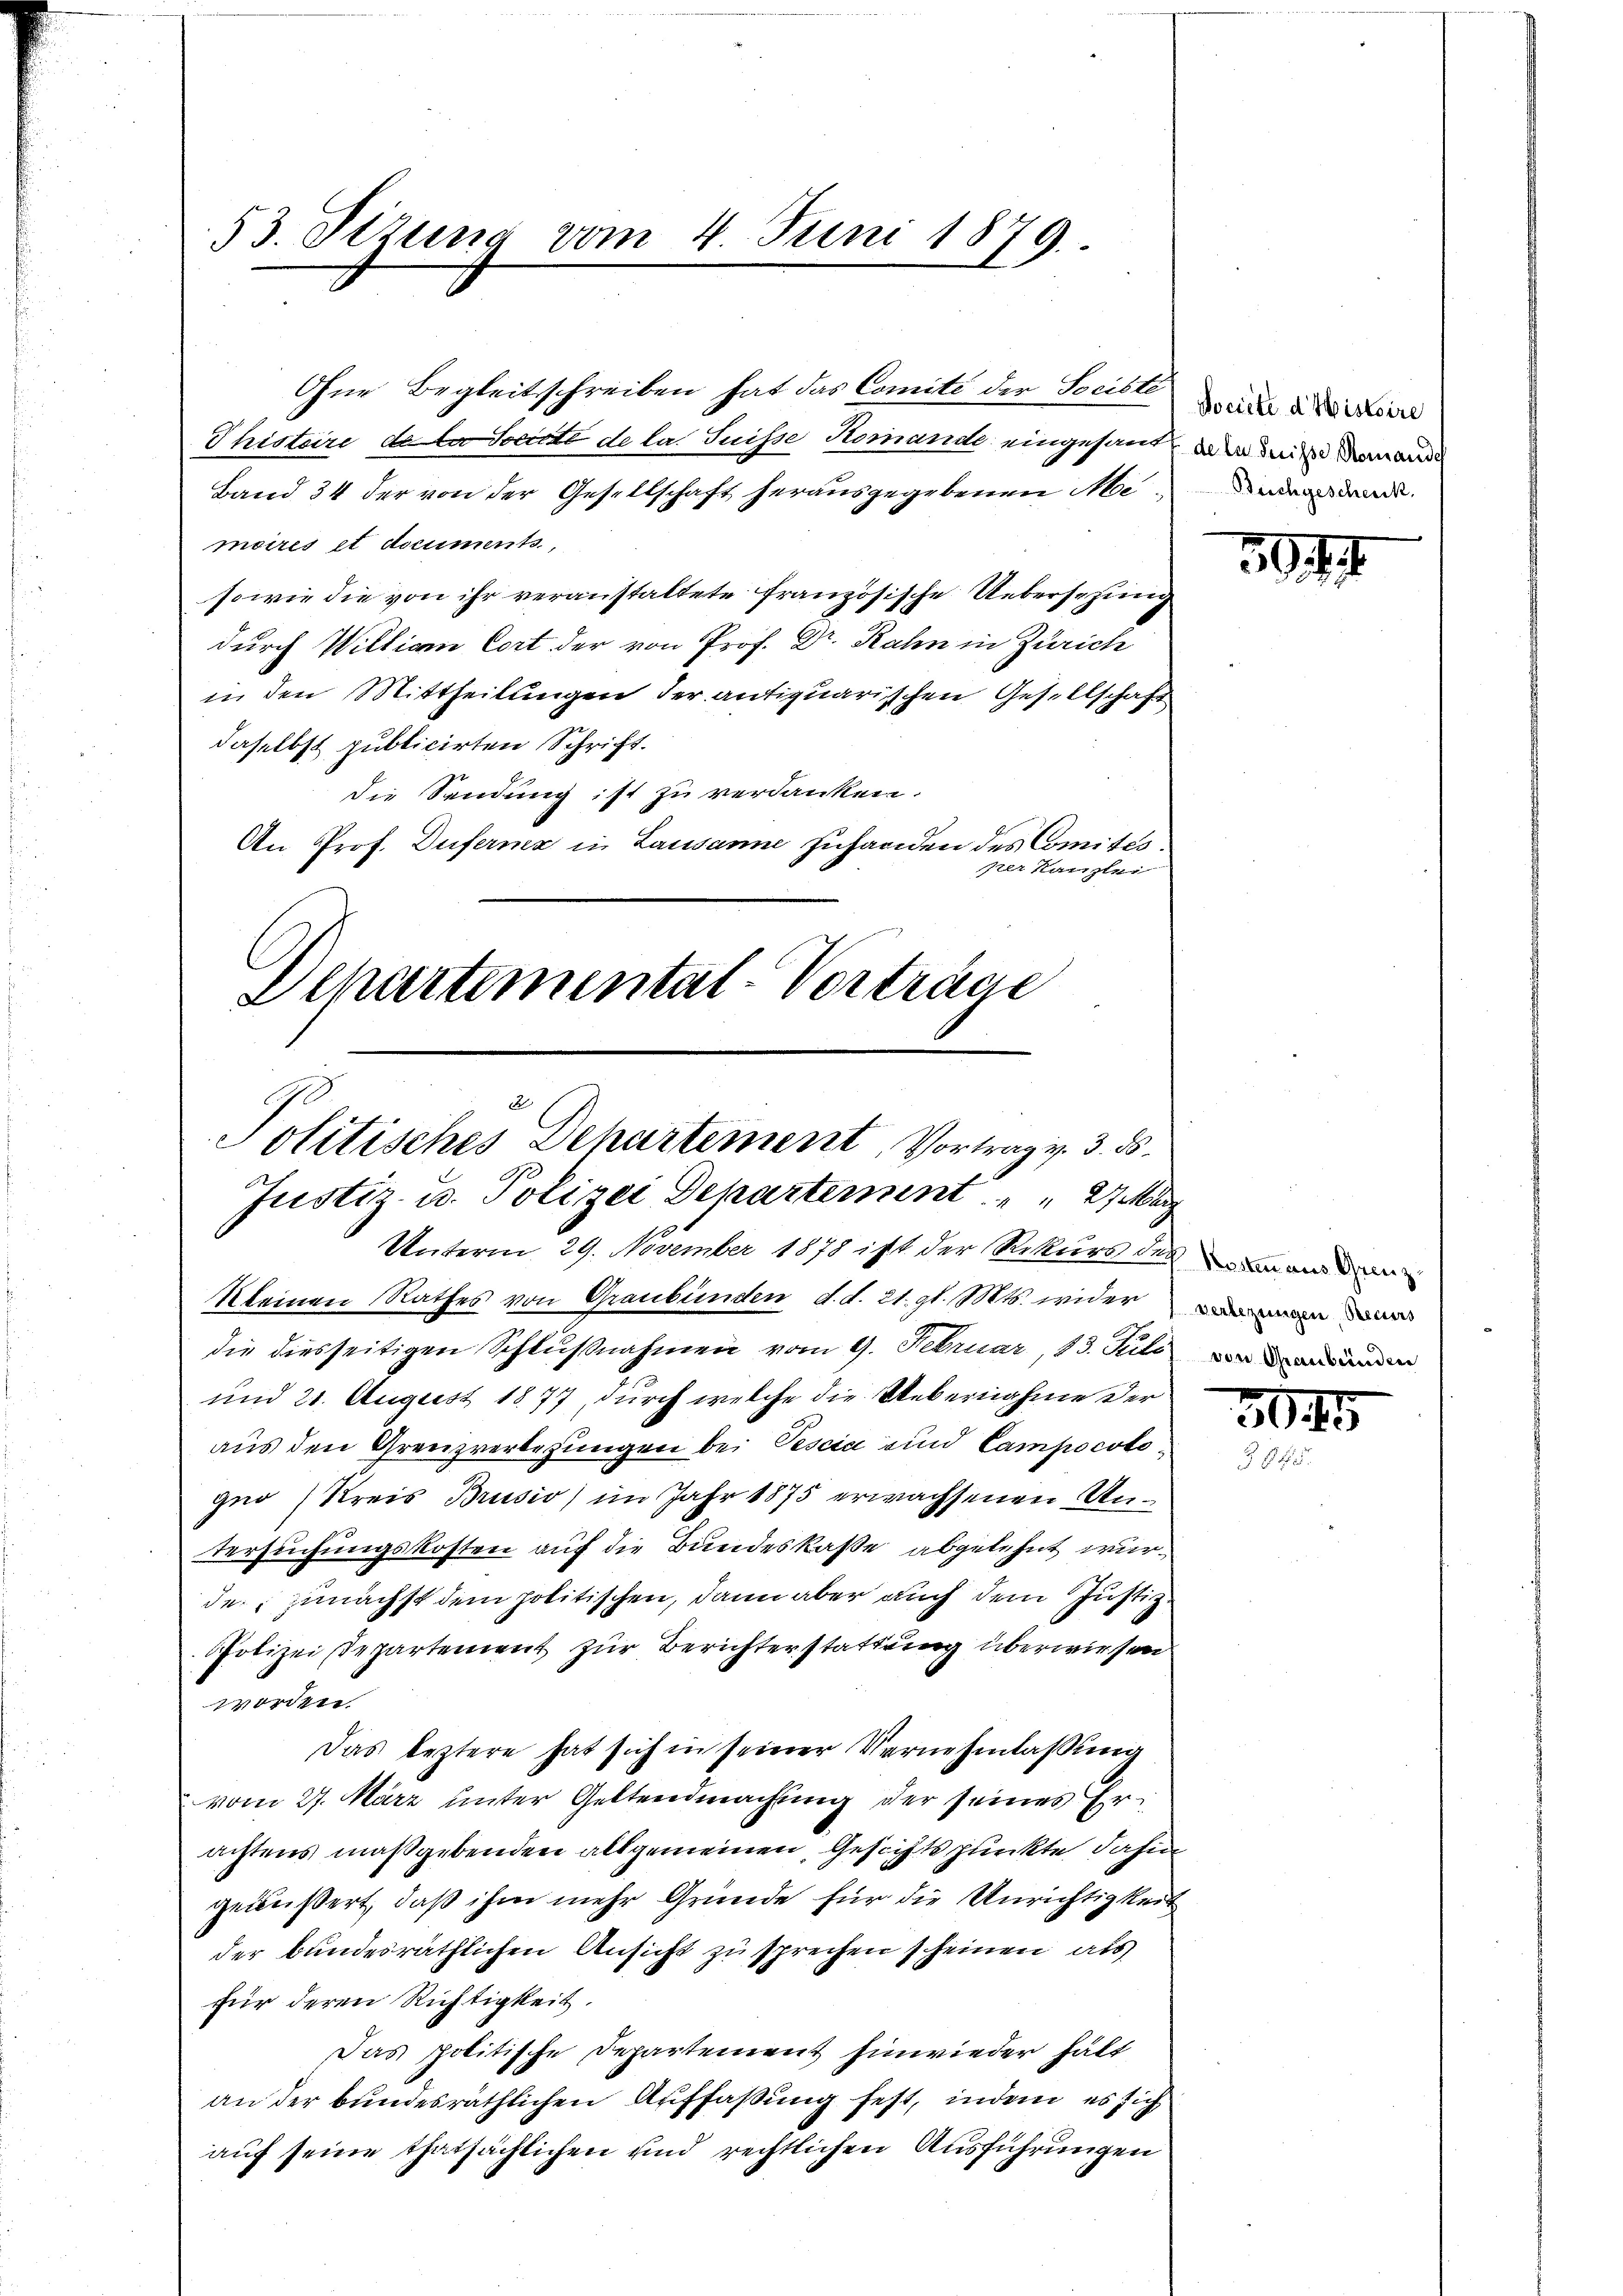
53. Sizung vom 4. Juni 1879.

Ohne Begleitschreiben hat das Comité der Speister der
Thistere de la toute de la Suisse Romande eingesandt in den damand
Band 34 der von der Gesellschaft herausgegebenen Mienen dann
moires et documents,
sowie die von ihr veranstaltete französische Uebersezung
durch Willian Cort der von Prof. Dr. Rahn in Zürich
in den Mittheilungen der antiquarischen Gesellschaft
daselbst publicirten Schrift.
die Sendung ist zu verdanken.
An Prof. Duferne in Lausanne Zuhanden des Comités.
per Kanzlei
Departemental-Vorträge

Politisches Departement, Vortrag v. 3. ds.
Justiz- u. Polizei Departement. " " 27 ang
Unterm 29. November 1878 ist der Rekurs des an anden
keinen Rathes von Graubünden d. d. 21. gl. Mts. wider

die diesseitigen Schlußnahmen vom 9. Februar, 13. Juli
und 21. August 1877, durch welche die Uebernahme der
aus den Grenzverbezungen bei Pescia und Campocotogno (Kreis Brusio) im Jahr 1875 erwachsenen Un¬
Versuchungskosten auf die Bundeskaße abgelehnt wurde, zunächst dem politischen, dann aber auch dem Justiz.
Polizei Repartement zur Berichterstattung überwiesen
worden.
Das leztere hat sich in seiner Vernehmlassung
vom 27. März unter Geltendmachung der seines Erachtens maßgebenden allgemeinen Gesichtspunkte dahin
geäußert, daß ihm mehr Gründe für die Unrichtigkeit
der bundesräthlichen Ansicht zu sprechen scheinen, als
für deren Richtigkeit.
Das politische Departement hinwieder hätt
an der bundesräthlichen Auffaßung fest, indem es sich
auf seine thatsächlichen und rechtlichen Ausführungen

verbezungen Recurs
von Graubünden

394

3045
§ 445.